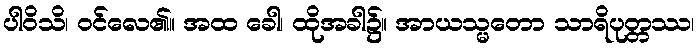
ပါဝိသိ၊ ဝင်လေ၏။ အထ ခေါ၊ ထိုအခါ၌။ အာယသ္မတော သာရိပုတ္တဿ၊